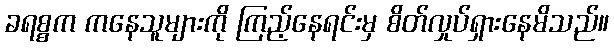
ခရစ္စက ကနေသူများကို ကြည့်နေရင်းမှ စိတ်လှုပ်ရှားနေမိသည်။